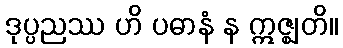
ဒုပ္ပညဿ ဟိ ပဓာနံ န ဣဇ္ဈတိ။